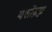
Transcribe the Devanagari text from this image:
यशोब्रह्म